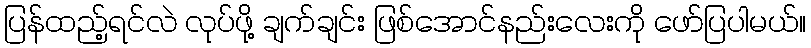
ပြန်ထည့်ရင်လဲ လုပ်ဖို့ ချက်ချင်း ဖြစ်အောင်နည်းလေးကို ဖော်ပြပါမယ်။